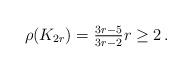
LaTeX: \begin{align*}\rho(K_{2r})=\tfrac{3r-5}{3r-2} r\ge 2\,.\end{align*}